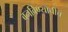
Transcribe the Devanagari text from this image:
बनविण्याचीच